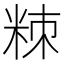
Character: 䊂